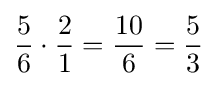
{5 \over 6}\cdot {2 \over 1}={10 \over 6}={5 \over 3}